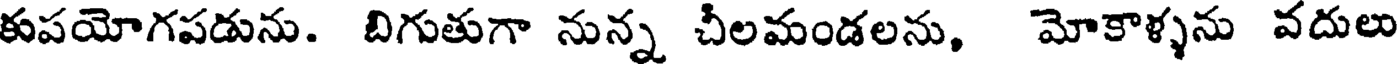
కుపయోగపడును. బిగుతుగా నున్న చీలమండలను, మోకాళ్ళను వదులు